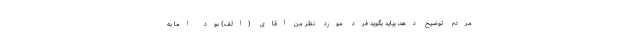
مردم توضیح دهد، بیاید بگوید فرد مورد نظر من آقای (الف) بود اما به